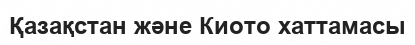
Қазақстан және Киото хаттамасы